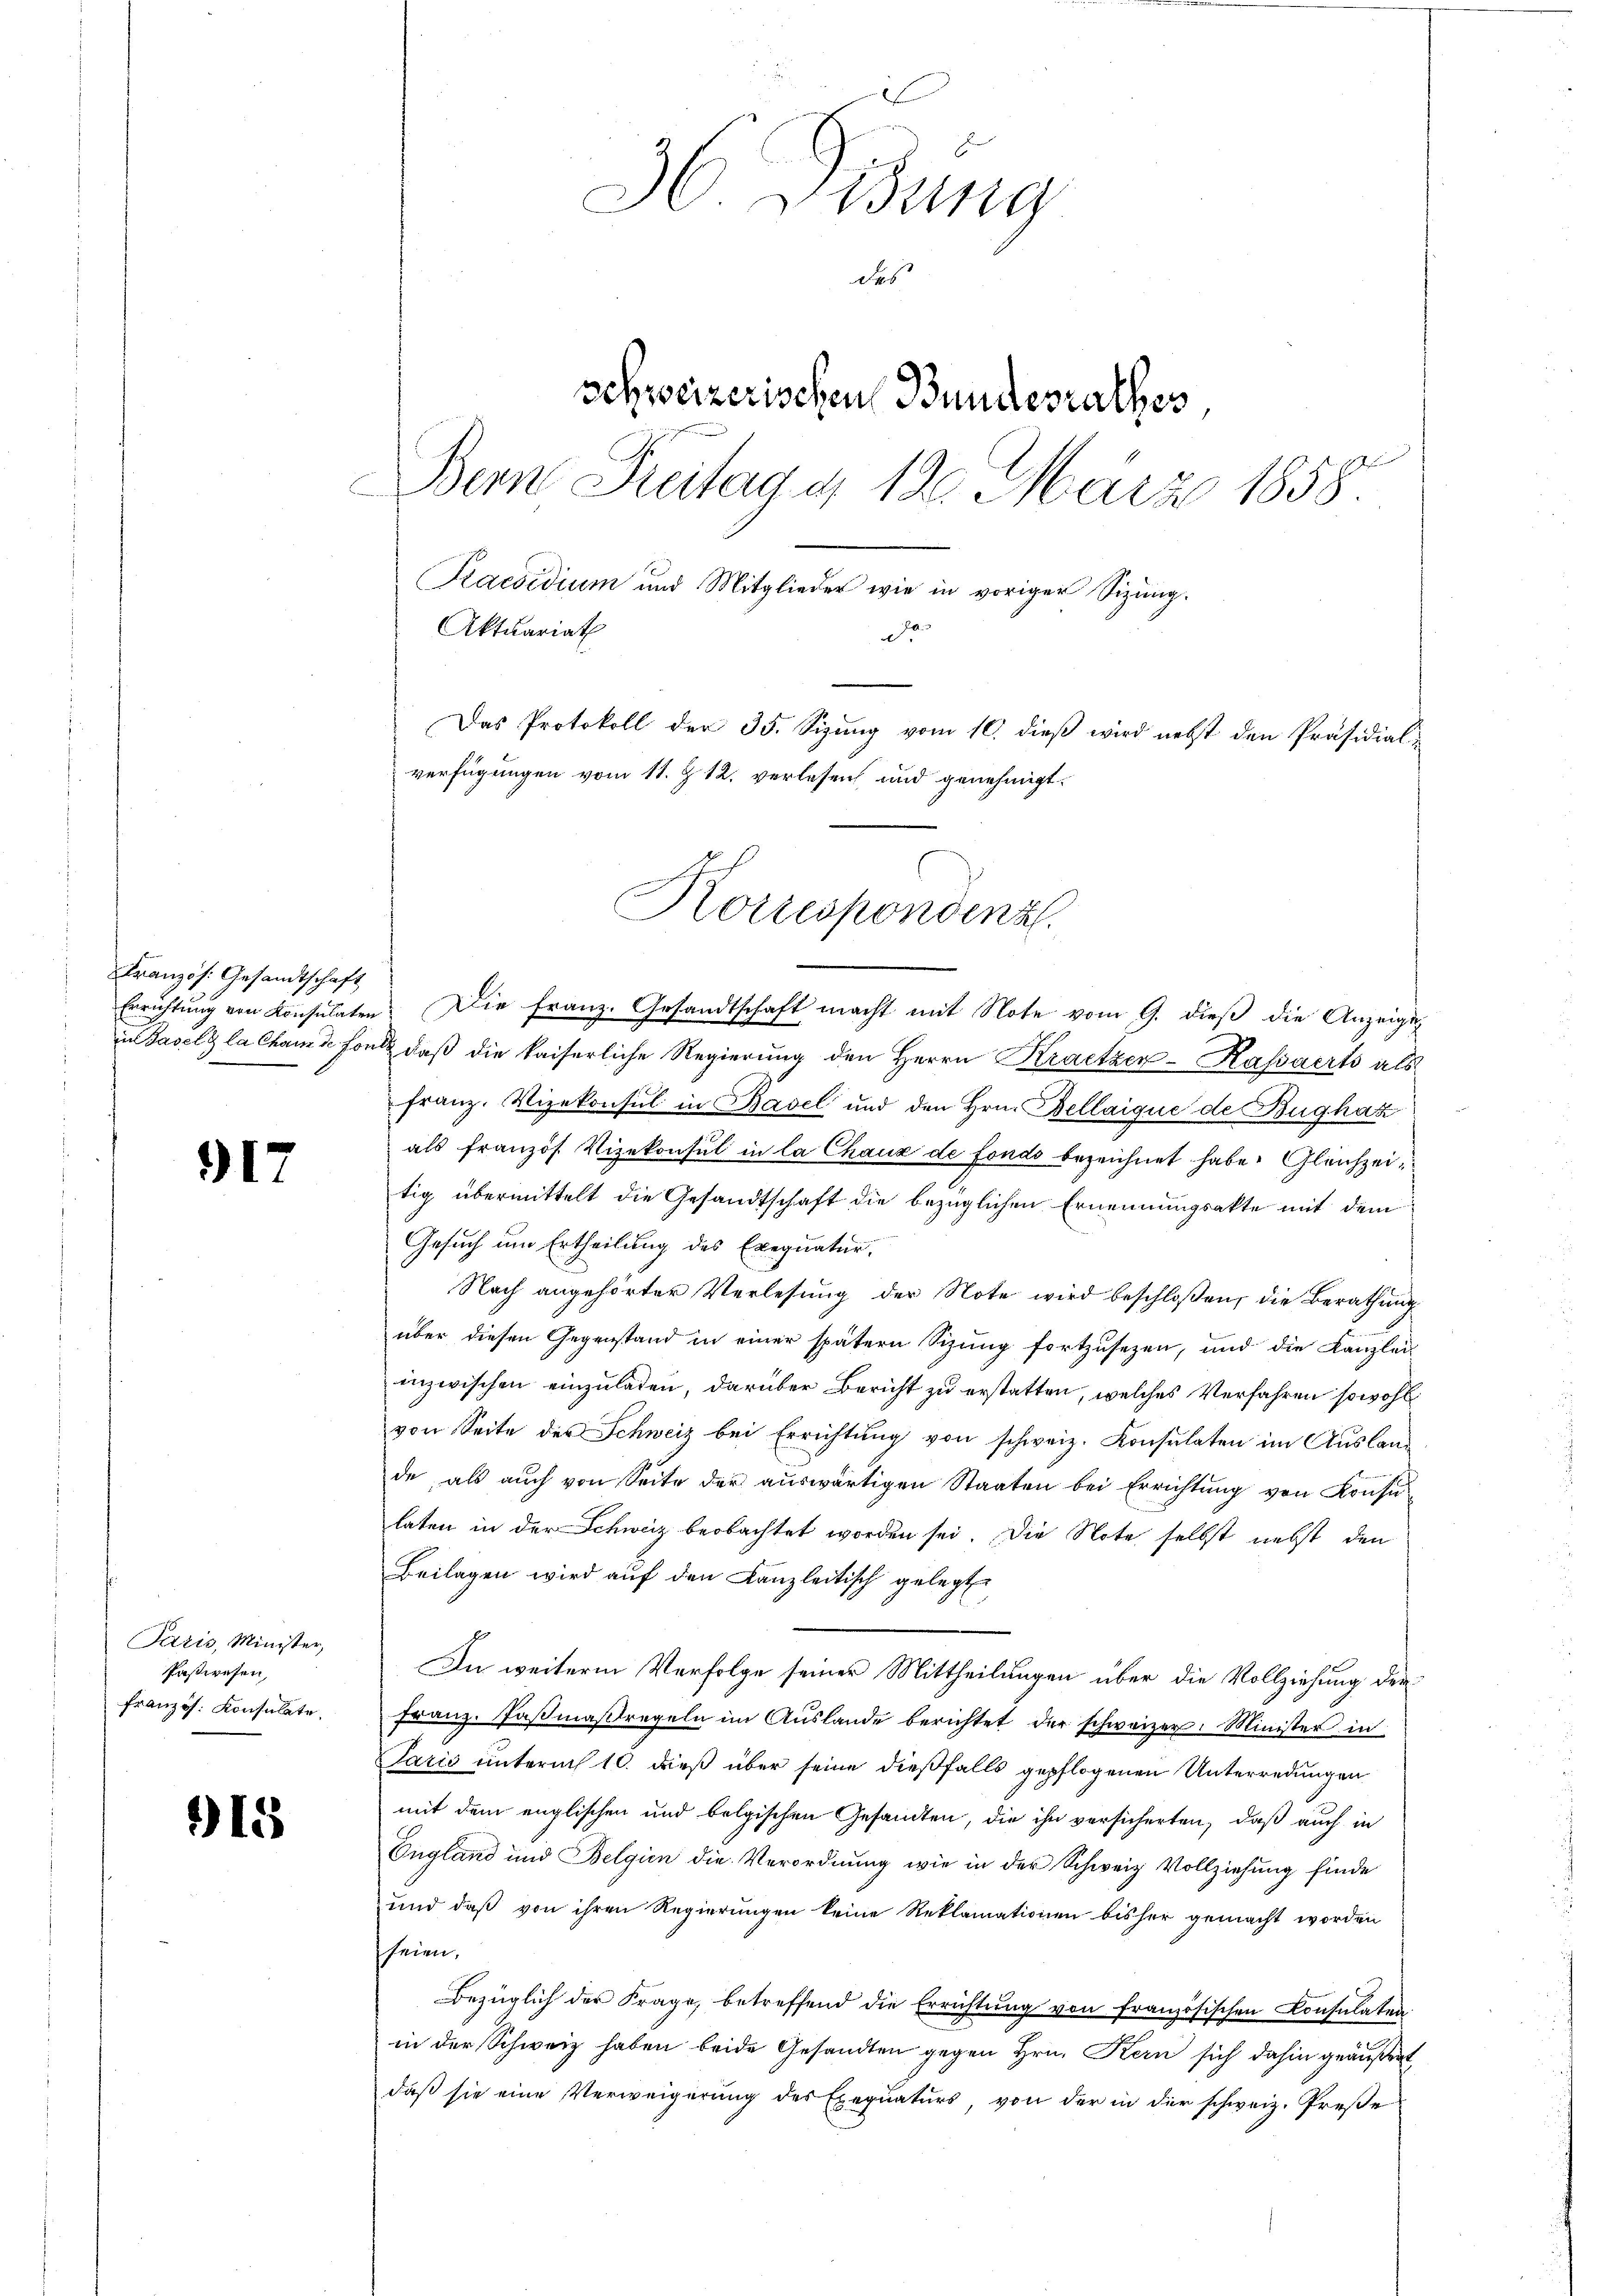
Französ. Gesandtschaft

917

Paris, Minister,
Paßwesen,
französ. Konsulate,

15

36. Diebung
des
schweizerischen Bundesrathes
Bern Freitag a 12. März 1858
Praesidium und Mitglieder wie in voriger Sitzung.
Aktuariat
Das Protokoll der 35. Sizŭng vom 10. dieβ wird nebst den Präsidial-
verfügungen vom 11. Z. 12. verlesen und genehmigt.

Errichtŭng von Konsulaten. Die franz. Gesandtschaft macht mit Note vom 9. dieβ die Anzeigeg
in Basels la chams fond, daß die kaiserliche Regierung den Herrn Kratzer-Kassaerts als
franz. Vizekonsul in Basel und den Hrn. Bellaique de Bugház
als französ. Vizekonsul in la Chaux de fonds bezeichnet habe. Gleichzeitig übermittelt die Gesandtschaft die bezüglichen Ernennungsakte mit dem
Gesuch um Ertheilung des Exequatur.
Nach angehörter Verlesung der Note wird beschloßen, die Berathung
über diesen Gegenstand in einer spätern Sizung fortzusetzen, und die Kanzlei
inzwischen einzuladen, darüber Bericht zu erstatten, welches Verfahren sowohl
von Seite des Schweiz bei Errichtung von schweiz. Konsulaten im Ausland
de, als aŭch von Seite der aŭswärtigen Staaten bei Errichtung von Konsu
laten in der Schweiz beobachtet worden sei. Die Note selbst nebst den
Beilagen wird auf den Kanzleitisch gelegt
In weitere Verfolge seiner Mittheilungen über die Vollziehung der
franz. Fasmaßregeln im Auslande berichtet der schweizer. Minister in
Paris unterm 10. dieß über seine dießfalls gepflogenen Unterredungen
mit dem englischen und belgischen Gesandten, die ihn versicherten, daß auch in
England und Belgien die Verordnung wie in der Schweiz Vollziehung finde
und daß von ihren Regierungen keine Reklamationen bisher gemacht worden
seien,
Bezüglich der Frage, betreffend die Errichtung von französischen Consulaten.
in der Schweiz haben beide Gesandten gegen Hrn. Kern sich dahin geäußert,
daß sie eine Verweigerung des Exequaturs von der in der schweiz. Preße

Korrespondenz